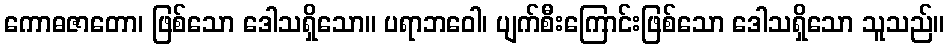
ကောဓဇာတော၊ ဖြစ်သော ဒေါသရှိသော။ ပရာဘဝေါ၊ ပျက်စီးကြောင်းဖြစ်သော ဒေါသရှိသော သူသည်။